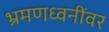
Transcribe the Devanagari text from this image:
भ्रमणध्वनींवर